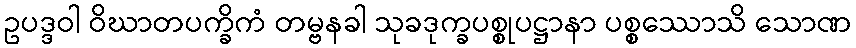
ဥပဒ္ဒဝါ ဝိဃာတပက္ခိကံ တမ္ဗနခါ သုခဒုက္ခပစ္စုပဋ္ဌာနာ ပစ္စဿောသိ သောဏ